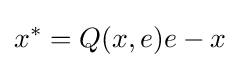
x^{*}=Q(x,e)e-x